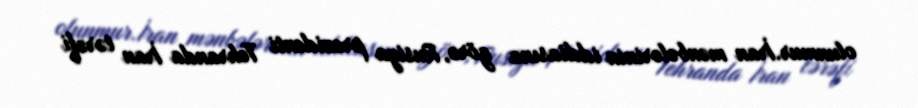
olunmur.İran mənbələrinin iddiasına görə, Rusiya prezidenti Tehranda İran tərəfi